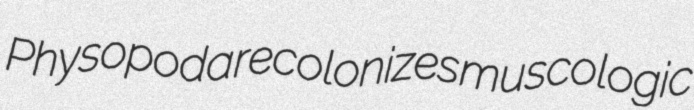
Physopoda recolonizes muscologic